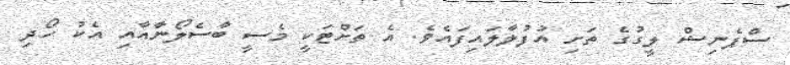
ސްޕެނިޝް ލީގުގެ ތަށި އުފުލާލައިފައެވެ. އެ ތަށްޓަކީ މެސީ ބާސެލޯނާއާއި އެކު ހޯދި